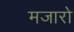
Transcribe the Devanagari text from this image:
मजारो